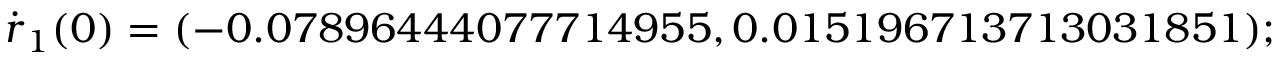
\dot { \boldsymbol { r } } _ { 1 } ( 0 ) = ( - 0 . 0 7 8 9 6 4 4 4 0 7 7 7 1 4 9 5 5 , 0 . 0 1 5 1 9 6 7 1 3 7 1 3 0 3 1 8 5 1 ) ;